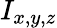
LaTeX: I_{x,y,z}